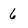
Character: 6